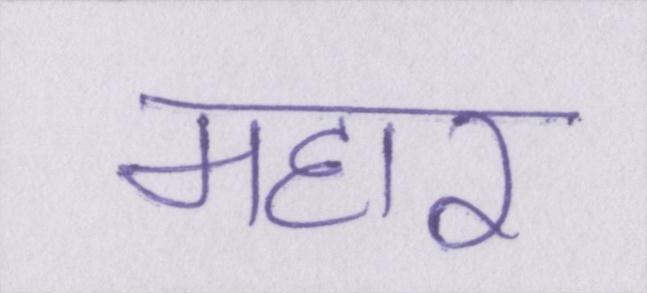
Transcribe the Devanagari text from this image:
महार